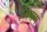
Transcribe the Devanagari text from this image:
इससमे